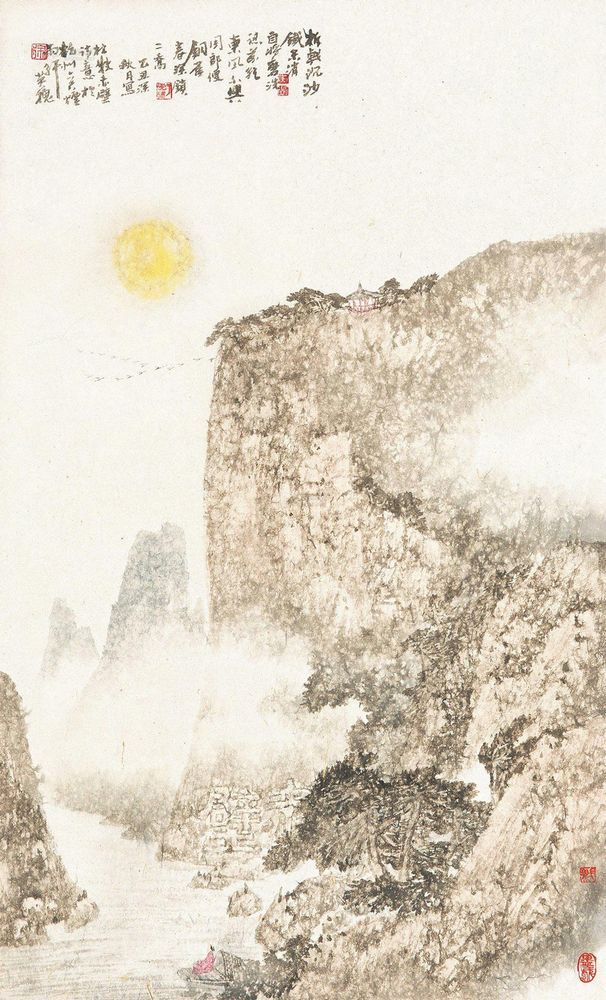
折戟沉沙铁未销，自将磨洗认前朝。